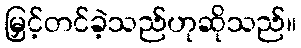
မြှင့်တင်ခဲ့သည်ဟုဆိုသည်။